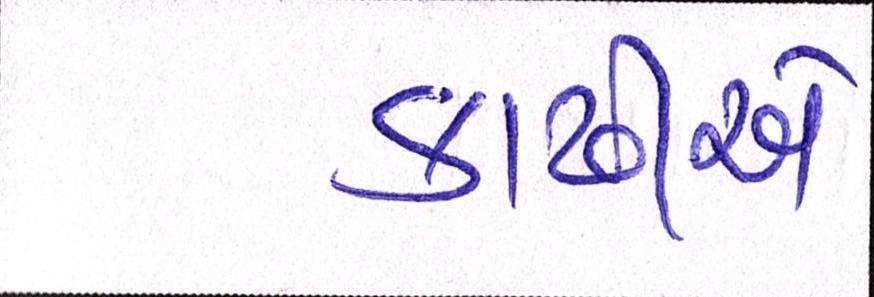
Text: કાઢીએ